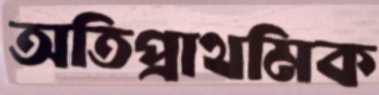
অতিপ্রাথমিক